Investigations into the jail dietaries of the United Provinces with some observations on the influence of dietary on the physical development and well-being of the people of the United Provinces - Number 48
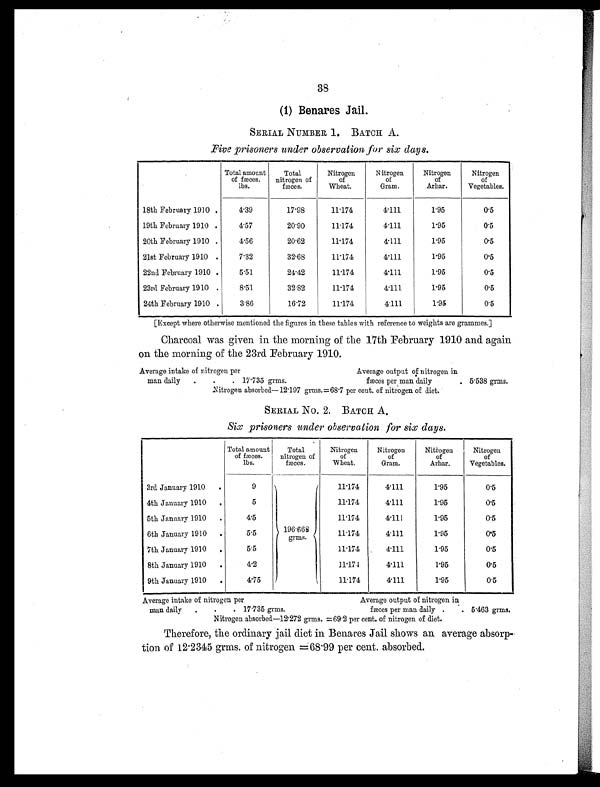
38
(1) Benares Jail.
SERIAL NUMBER 1. BATCH A.
Five prisoners under observation for six days.
Total amount
of fæces.
lbs.
Total
nitrogen of
fæces.
Nitrogen
of
Wheat.
Nitrogen
of
Gram.
Nitrogen
of
Arhar.
Nitrogen
of
Vegetables.
18th February 1910 .
4.39
17.98
11.174
4.111
1.95
0.5
19th February 1910 .
4.57
20.90
11.174
4.111
1.95
0.5
20th February 1910 .
4.56
20.62
11.174
4.111
1.95
0 . 5
21st February 1910 .
7.32
32.68
11.174
4.111
1.95
0.5
22nd February 1910 .
5.51
24.42
11.174
4.111
1.95
0.5
23rd February 1910 .
8.51
32.82
11.174
4.111
1.95
0.5
24th February 1910 .
3.86
16.72
11.174
4.111
1.95
0.5
[Except where otherwise mentioned the figures in these tables with reference to weights are grammes.]
Charcoal was given in the morning of the 17th February 1910 and again
on the morning of the 23rd February 1910.
Average intake of nitrogen per
Average output of nitrogen in
man daily .
.
. 17.735 grms.
fæces per man daily
. 5.538 grms.
Nitrogen absorbed—12.197 grms.=68.7 per cent. of nitrogen of diet.
SERIAL No. 2. BATCH A.
Six prisoners under observation for six days.
Total amount
of fæces.
lbs.
Total
nitrogen of
fæces.
Nitrogen
of
Wheat.
Nitrogen
of
Gram.
Nitrogen
of
Arhar.
Nitrogen
of
Vegetables.
3rd January 1910 .
9
196.668
grms.
11.174
4.111
1.95
0.5
4th January 1910 .
5
11.174
4.111
1.95
0 . 5
5th January 1910 .
4.5
11.174
4.111
1.95
0 . 5
6th January 1910 .
5.5
11.174
4.111
1.95
0.5
7th January 1910 .
5.5
11.174
4.111
1.95
0.5
8th January 1910 .
4.2
11.174
4.111
1.95
0.5
9th January 1910 .
4.75
11.174
4.111
1.95
0.5
Average intake of nitrogen per
Average output of nitrogen in
man daily .
.
. 17.735 grms.
fæces per man daily .
. 5.463 grms.
Nitrogen absorbed—12.272 grms. =69.2 per cent. of nitrogen of diet.
Therefore, the ordinary jail diet in Benares Jail shows an average absorp-
tion of 12.2345 grms. of nitrogen =68.99 per cent. absorbed.